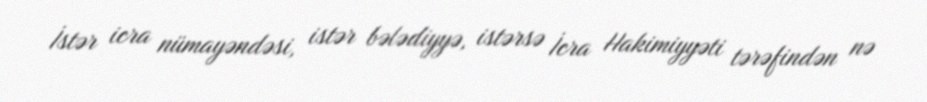
İstər icra nümayəndəsi, istər bələdiyyə, istərsə İcra Hakimiyyəti tərəfindən nə